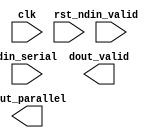
module serial2parallel(
	input clk,
	input rst_n,
	input din_serial,
	input din_valid,
	output reg [7:0]dout_parallel,
	output reg dout_valid
);

	reg[7:0]din_tmp;
	reg[3:0]cnt;
	
	always@(posedge clk or negedge rst_n)begin
		if(!rst_n)
			cnt <= 0;
		else if(din_valid)
			cnt <= (cnt == 4'd8)?0:cnt+1'b1;
		else	
			cnt <= 0;
	end
	
	always@(posedge clk or negedge rst_n)begin
		if(!rst_n)
			din_tmp <= 8'b0;
		else if(din_valid && cnt <= 4'd7)
			din_tmp <= {din_tmp[6:0],din_serial};
	
	end 
	
	always@(posedge clk or negedge rst_n)begin
		if(!rst_n)begin
			do_valid <= 1'b0;
			do_parallel <= 8'b0;
		end
		else if(cnt == 4'd8)begin
			do_valid <= 1'b1;
			do_parallel <= din_tmp;
		end
		else begin
			do_valid <= 1'b0;
		end
	end 
	
endmodule